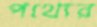
পথ্যের